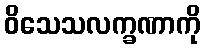
ဝိသေသလက္ခဏာကို